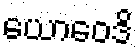
ယောဝေဒိ